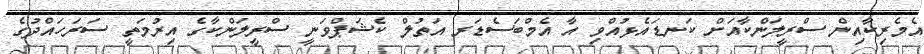
އެމެރިކާއިން ސްރީލަންކާއަށް ކަނޑައެޅުއްވި އާ އެމްބަސެޑަރ އަތުލް ކެޝަޕްވަނީ ސްރީލަންކާގެ އިރުމަތީ ސަރަހައްދުގެ